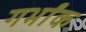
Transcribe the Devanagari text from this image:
गर्भांक